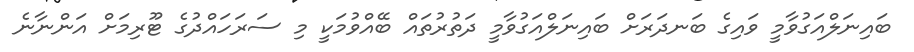
ބައިނަލްއަގުވާމީ ވައިގެ ބަނދަރަށް ބައިނަލްއަގުވާމީ ދަތުރުތައް ބޭއްވުމަކީ މި ސަރަހައްދުގެ ޓޫރިމަށް އަންނާނެ